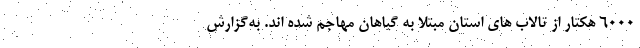
۶۰۰۰ هکتار از تالاب های استان مبتلا به گیاهان مهاجم شده اند. به‌گزارش